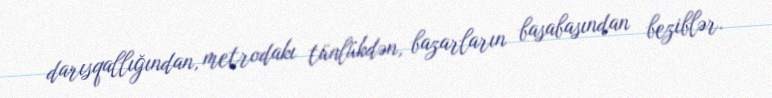
darısqallığından, metrodakı tünlükdən, bazarların basabasından beziblər.